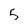
Character: 5